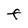
Character: F